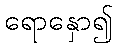
ရောနှော၍